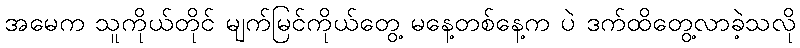
အမေက သူကိုယ်တိုင် မျက်မြင်ကိုယ်တွေ့ မနေ့တစ်နေ့က ပဲ ဒက်ထိတွေ့လာခဲ့သလို